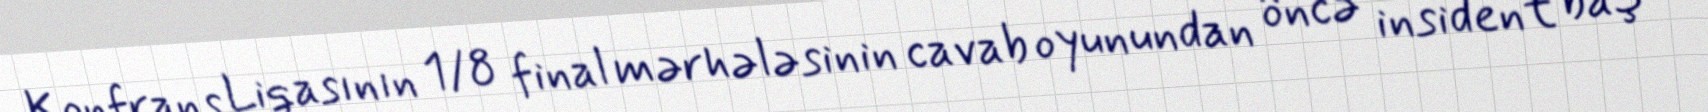
Konfrans Liqasının 1/8 final mərhələsinin cavab oyunundan öncə insident baş